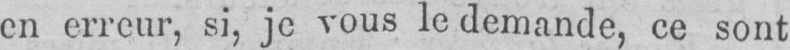
en erreur, si, je vous le demande, ce sont